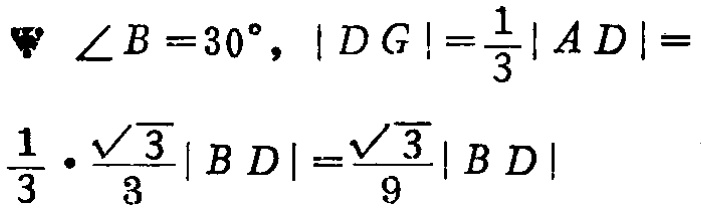
$\angle B = 30^{\circ}, |DG|=\frac{1}{3}|AD|=\frac{1}{3}\cdot\frac{\sqrt{3}}{3}|BD|=\frac{\sqrt{3}}{9}|BD|$